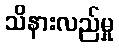
သိနားလည်မှု